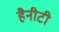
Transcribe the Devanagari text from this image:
हैनीटी